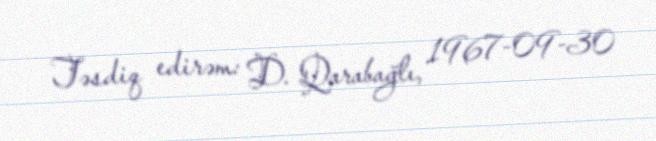
Təsdiq edirəm: D. Qarabağlı, 1967-09-30